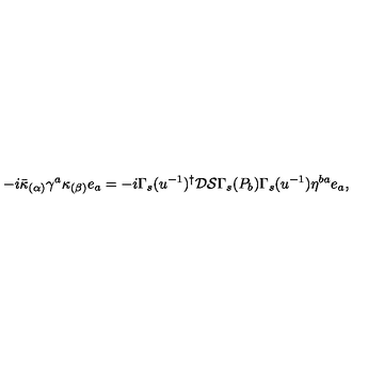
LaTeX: - i \bar { \kappa } _ { ( \alpha ) } \gamma ^ { a } \kappa _ { ( \beta ) } e _ { a } = - i \Gamma _ { s } ( u ^ { - 1 } ) ^ { \dagger } \mathcal { D } \mathcal { S } \Gamma _ { s } ( P _ { b } ) \Gamma _ { s } ( u ^ { - 1 } ) \eta ^ { b a } e _ { a } ,